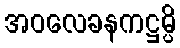
အဝလေခနကဋ္ဌမ္ပိ